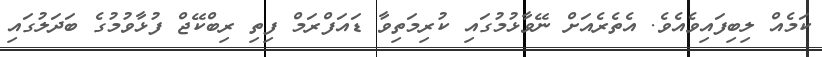
ކަމެއް ލިބިފައިވެއެވެ. އެތެރެއަށް ނޭވާޅުމުގައި ކުރިމަތިވާ ޑައަފްރަމް ފިތި ރިބްކޭޖް ފުޅާވުމުގެ ބަދަލުގައި